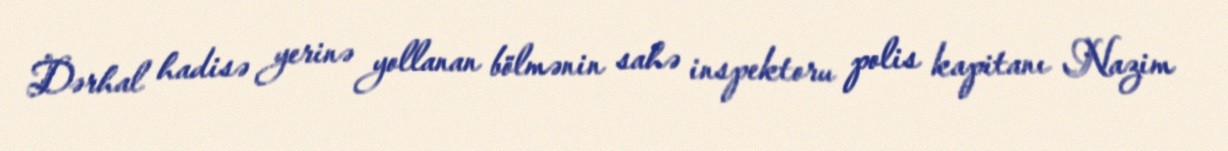
Dərhal hadisə yerinə yollanan bölmənin sahə inspektoru polis kapitanı Nazim